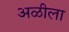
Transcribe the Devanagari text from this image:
अळीला